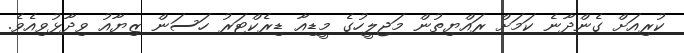
ކުރިއަށް ގެންދާނެ ކަމަށް ރައްޔިތުން މަޖިލީހުގެ މީޑިއާ ޑިރެކްޓަރު ހަސަން ޒިޔާއު ވިދާޅުވިއެވެ.